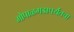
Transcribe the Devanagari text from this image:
गोपाळगडापर्यंतचा